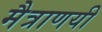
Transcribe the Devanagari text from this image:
मैत्राणयी